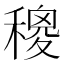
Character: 𥢄